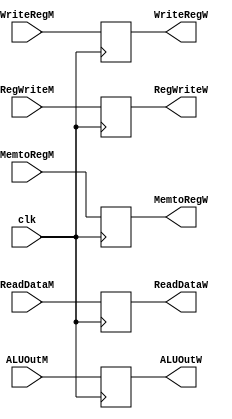
module p4(input clk,
input[31:0] ReadDataM, ALUOutM, input[4:0] WriteRegM,
output reg[31:0] ReadDataW, ALUOutW, output reg[4:0] WriteRegW,
input RegWriteM, MemtoRegM,
output reg RegWriteW, MemtoRegW);
always @(posedge clk)
begin
ReadDataW<=ReadDataM;
ALUOutW<=ALUOutM;
WriteRegW<=WriteRegM;
MemtoRegW<=MemtoRegM;
RegWriteW<=RegWriteM;
end

endmodule